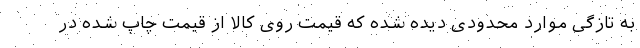
به تازگی موارد محدودی دیده شده که قیمت روی کالا از قیمت چاپ شده در